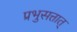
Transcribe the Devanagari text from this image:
प्रभुसत्तात्